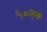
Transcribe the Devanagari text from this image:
५०२७